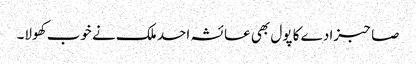
صاحبزادے کا پول بھی عائشہ احد ملک نے خوب کھولا۔